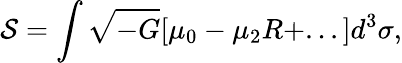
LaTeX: {\cal S}=\int\sqrt{-G}[\mu_{0}-\mu_{2}R+...]d^{3}\sigma,